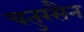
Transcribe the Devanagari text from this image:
चतुरसैन